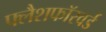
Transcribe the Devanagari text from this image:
फ्लैशफॉरवर्ड